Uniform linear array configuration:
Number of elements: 4
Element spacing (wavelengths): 0.25
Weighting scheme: binomial
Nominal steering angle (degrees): -60
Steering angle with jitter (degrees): -59.858
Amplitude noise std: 0.05
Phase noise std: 0.05

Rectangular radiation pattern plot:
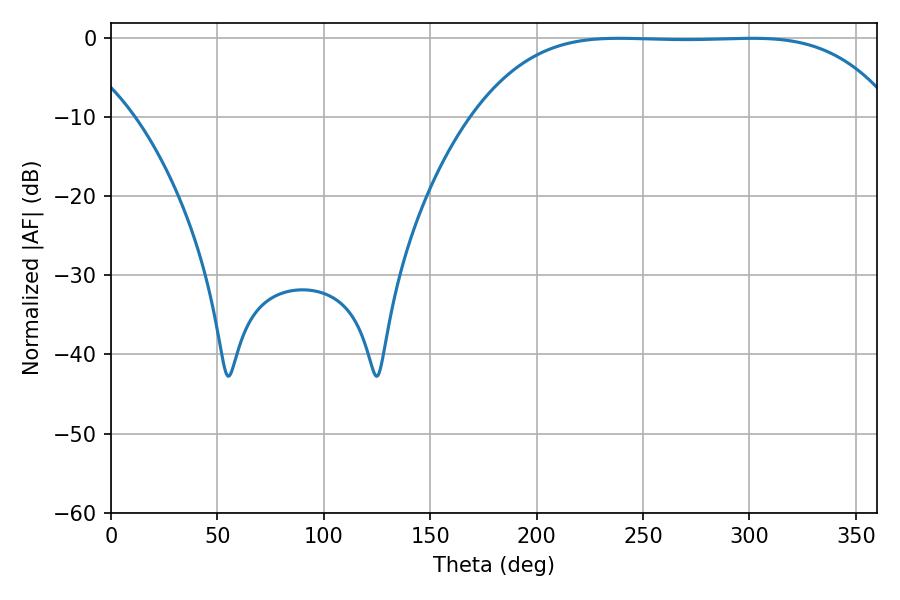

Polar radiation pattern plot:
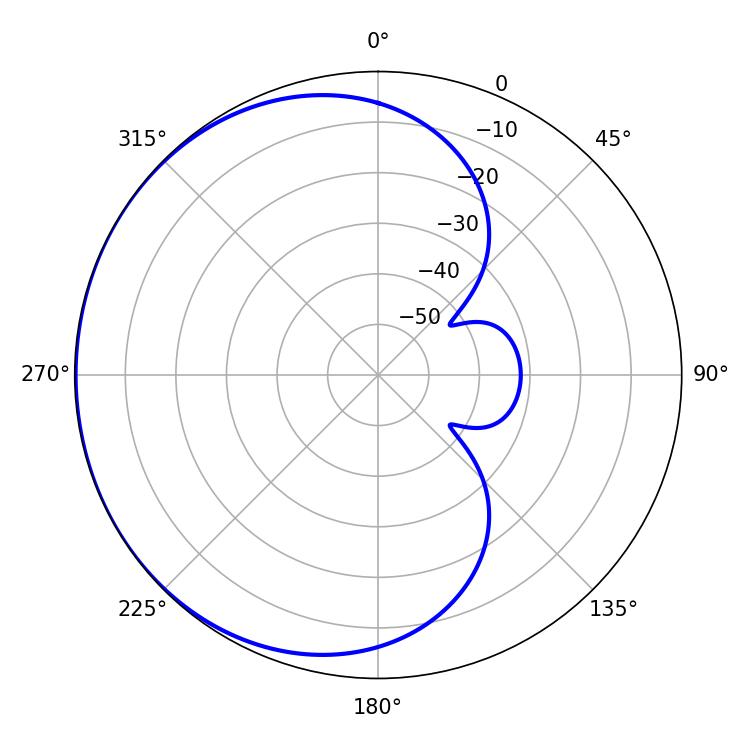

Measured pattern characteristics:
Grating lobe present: FALSE
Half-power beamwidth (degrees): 151.2
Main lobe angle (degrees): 238.86